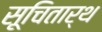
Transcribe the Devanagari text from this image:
सूचितार्थ